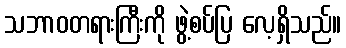
သဘာဝတရားကြီးကို ဖွဲ့စပ်ပြ လေ့ရှိသည်။